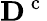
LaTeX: {\mathbf D}^{\mathrm{~c~}}